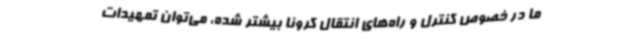
ما در خصوص کنترل و راه‌های انتقال کرونا بیشتر شده، می‌توان تمهیدات